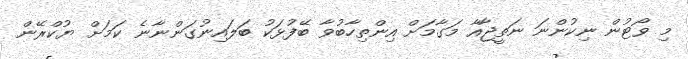
މި ވޯޓުން ނިކުންނަ ނަތީޖާއާ މަގާމަށް އިންތިހާބުވާ ބޭފުޅަކު ބަލައިނުގަންނާނެ ކަމަށް ޔުކްރޭން